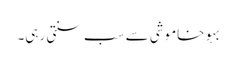
بہو خاموشی سے سب سنتی رہی۔